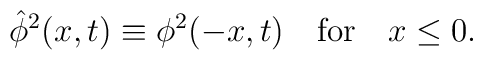
{\hat \phi}^2(x,t) \equiv \phi^2(-x,t)\ \ \ {\rm for}\ \ \  x\le 0 .